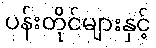
ပန်းတိုင်များနှင့်